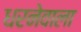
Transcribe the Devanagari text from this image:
धरनेवाला